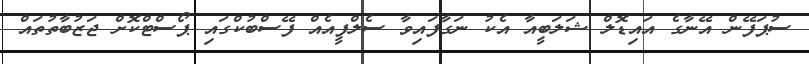
ސުޕަފޭން އޭނާގެ އައިޑޮލް ޝަލަބީއާ އެކު ނަގާފައިވާ ސެލްފީއެއް ފޭސްބުކްގައި ޕޯސްޓްކޮށް ޖަޒުބާތުތައް